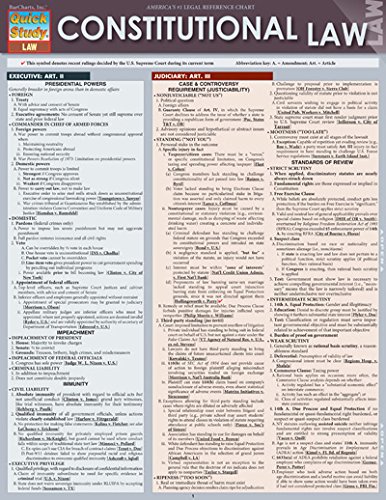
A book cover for Constitutional Law (Quick Study: Law); Inc. BarCharts; Law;